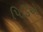
પિડિએ